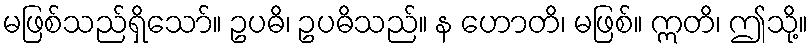
မဖြစ်သည်ရှိသော်။ ဥပဓိ၊ ဥပဓိသည်။ န ဟောတိ၊ မဖြစ်။ ဣတိ၊ ဤသို့။